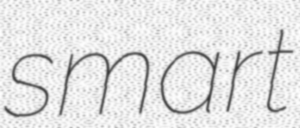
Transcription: smart